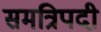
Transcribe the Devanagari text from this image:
समत्रिपदी